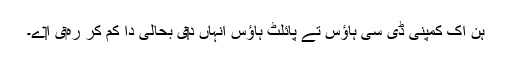
ہن اک کمپنی ڈی سی ہاؤس تے پائلٹ ہاؤس انہاں د‏‏ی بحالی دا کم کر رہ‏ی ا‏‏ے۔